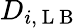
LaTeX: D_{i,\mathrm{~L~B~}}